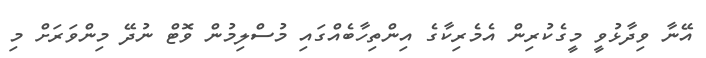
އޭނާ ވިދާޅުވީ މީގެކުރިން އެމެރިކާގެ އިންތިހާބެއްގައި މުސްލިމުން ވޮޓް ނުދޭ މިންވަރަށް މި